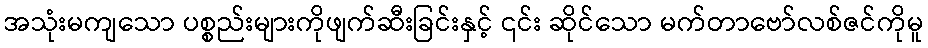
အသုံးမကျသော ပစ္စည်းများကိုဖျက်ဆီးခြင်းနှင့် ၎င်း ဆိုင်သော မက်တာဗော်လစ်ဇင်ကိုမူ